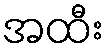
အထီး